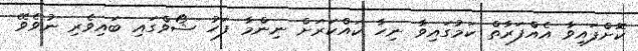
ކޮށްފައިވާ އެއްފަރާތް ކަމުގައިވާ ނިހާ ކައްކަރަށް ނިންމާ ފަހު ޝޯވްގައި ބައިވެރި ނުވެވޭ